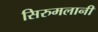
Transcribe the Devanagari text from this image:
सिरुमलानी